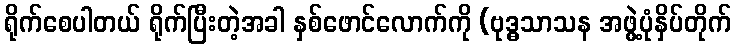
ရိုက်စေပါတယ် ရိုက်ပြီးတဲ့အခါ နှစ်ဖောင်လောက်ကို (ဗုဒ္ဓသာသန အဖွဲ့ပုံနှိပ်တိုက်